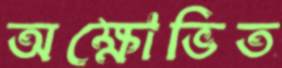
অক্ষোভিত